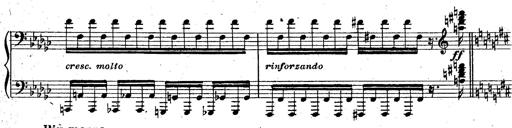
Title: La Marseillaise
Composer: Franz Liszt
Key: B-flat major